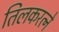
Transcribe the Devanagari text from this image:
तिलकरत्‍ने